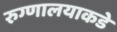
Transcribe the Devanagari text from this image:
रुग्णालयाकडे